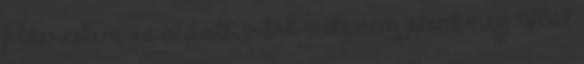
felkerestem az oldalt, írtál-e, de nem jelent meg. Hát